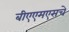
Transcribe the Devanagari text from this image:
बीएएमएसचे